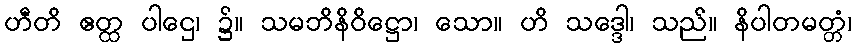
ဟီတိ ဧတ္ထ ပါဌေ၊ ၌။ သမဘိနိဝိဋ္ဌော၊ သော။ ဟိ သဒ္ဒေါ၊ သည်။ နိပါတမတ္တံ၊